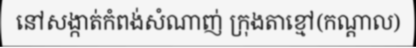
នៅសង្កាត់កំពង់សំណាញ់ ក្រុងតាខ្មៅ(កណ្តាល)